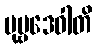
ပုဗ္ဗဒေဝါတိ